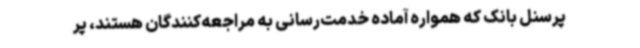
پرسنل بانک که همواره آماده خدمت‌رسانی به مراجعه‌کنندگان هستند، پر